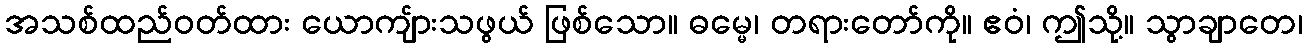
အသစ်ထည်ဝတ်ထား ယောကျ်ားသဖွယ် ဖြစ်သော။ ဓမ္မေ၊ တရားတော်ကို။ ဧဝံ၊ ဤသို့။ သွာချာတေ၊